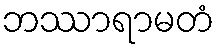
ဘဿာရာမတံ